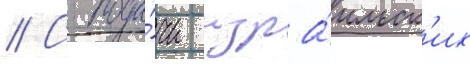
// С пода́чи изра́ильск'их